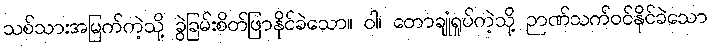
သစ်သားအမြက်ကဲ့သို့ ခွဲခြမ်းစိတ်ဖြာနိုင်ခဲသော။ ဝါ၊ တောချုံရှုပ်ကဲ့သို့ ဉာဏ်သက်ဝင်နိုင်ခဲသော